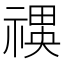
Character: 𮂍